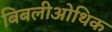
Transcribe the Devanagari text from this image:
बिबलीओथिक